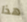
هذا